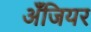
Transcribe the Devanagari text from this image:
अँजियर